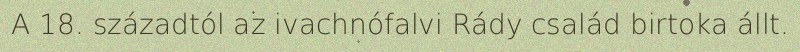
A 18. századtól az ivachnófalvi Rády család birtoka állt.